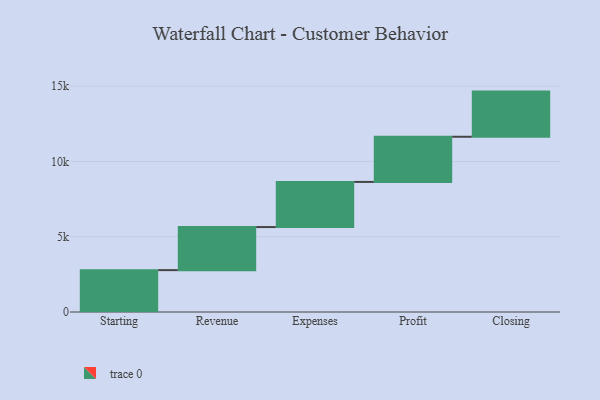
{"axis": {"x": "Step", "y": "Value"}, "legend": [""], "data": [{"x": "Starting", "y": 2782.0, "type": ""}, {"x": "Revenue", "y": 2861.0, "type": ""}, {"x": "Expenses", "y": 3000, "type": ""}, {"x": "Profit", "y": 3000, "type": ""}, {"x": "Closing", "y": 3000, "type": ""}]}